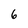
Character: 6